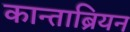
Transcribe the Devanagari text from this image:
कान्ताब्रियन